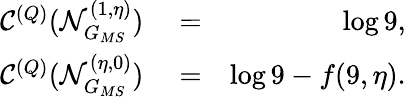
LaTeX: \begin{array}{rlr}{\mathcal{C}^{(Q)}(\mathcal{N}_{G_{MS}}^{(1,\eta)})}&{{}=}&{\log 9,}\\ {\mathcal{C}^{(Q)}(\mathcal{N}_{G_{MS}}^{(\eta,0)})}&{{}=}&{\log 9-f(9,\eta).}\end{array}